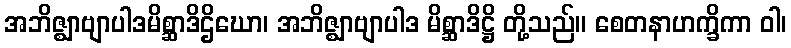
အဘိဇ္ဈာဗျာပါဒမိစ္ဆာဒိဌိဃော၊ အဘိဇ္ဈာဗျာပါဒ မိစ္ဆာဒိဋ္ဌိ တို့သည်။ စေတနာဟက္ခိကာ ဝါ၊